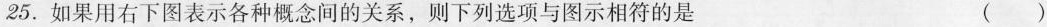
25.如果用右下图表示各种概念间的关系，则下列选项与图示相符的是 （ ）